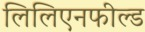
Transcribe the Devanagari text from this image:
लिलिएनफील्ड